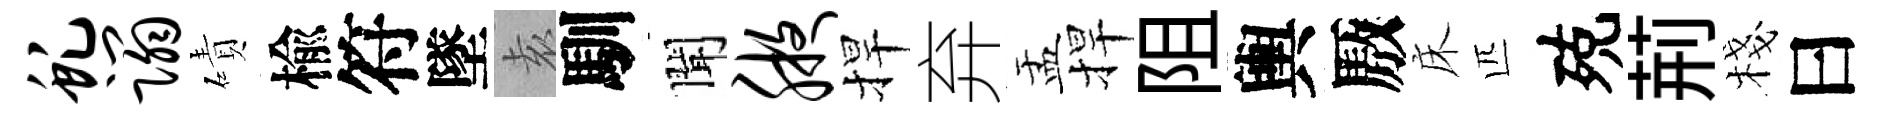
虬蹋磧楡符墜𡊮馴聞腋捍弃盂捍阻輿厫床匹殑荊棧曰